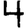
Digit: 4